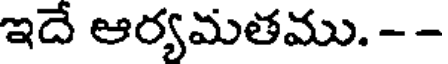
ఇదే ఆర్యమతము. - -